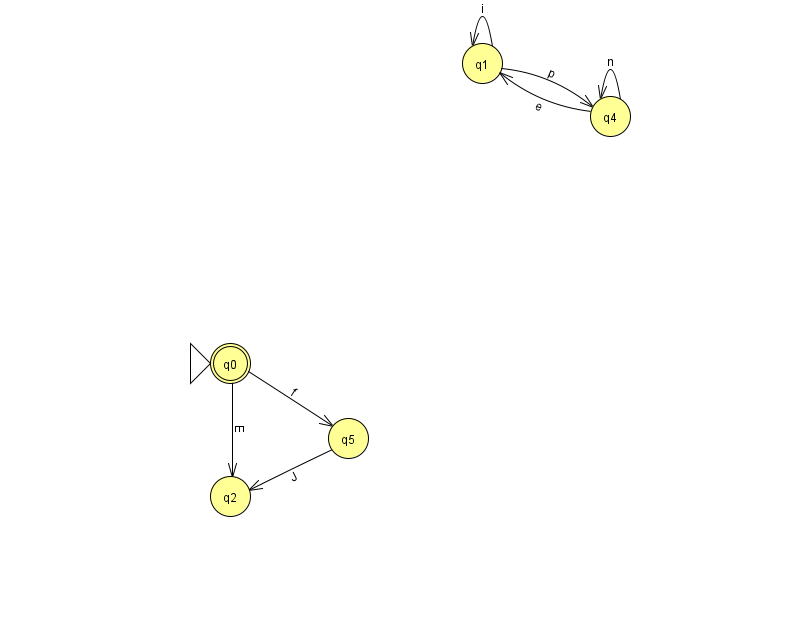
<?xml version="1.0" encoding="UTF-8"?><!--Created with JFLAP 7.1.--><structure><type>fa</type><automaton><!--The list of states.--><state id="0" name="q0"><x>230.0</x><y>350.0</y><initial/><final/></state><state id="1" name="q1"><x>482.0</x><y>50.0</y></state><state id="2" name="q2"><x>230.0</x><y>483.0</y></state><state id="4" name="q4"><x>610.0</x><y>103.0</y></state><state id="5" name="q5"><x>348.0</x><y>425.0</y></state><!--The list of transitions.--><transition><from>0</from><to>5</to><read>f</read></transition><transition><from>4</from><to>1</to><read>e</read></transition><transition><from>5</from><to>2</to><read>J</read></transition><transition><from>1</from><to>4</to><read>p</read></transition><transition><from>1</from><to>1</to><read>i</read></transition><transition><from>0</from><to>2</to><read>E</read></transition><transition><from>4</from><to>4</to><read>n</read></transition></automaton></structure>